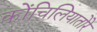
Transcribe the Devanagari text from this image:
कोंचिलियातोरे